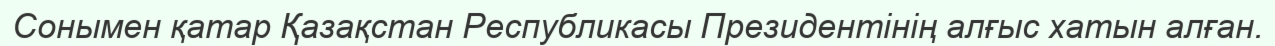
Сонымен қатар Қазақстан Республикасы Президентінің алғыс хатын алған.